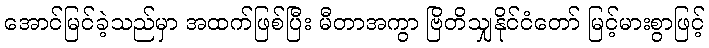
အောင်မြင်ခဲ့သည်မှာ အထက်ဖြစ်ပြီး မီတာအကွာ ဗြိတိသျှနိုင်ငံတော် မြင့်မားစွာဖြင့်